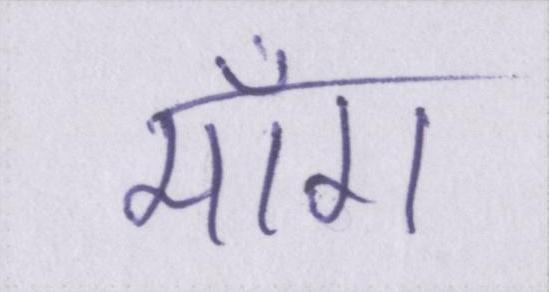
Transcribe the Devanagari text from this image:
माँग